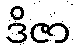
ဒိဇာ